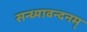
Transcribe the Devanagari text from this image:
सन्ध्यावन्दनम्